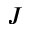
J